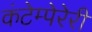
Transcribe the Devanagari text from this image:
कंटेम्पेरेरी